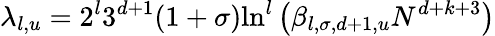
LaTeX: \lambda_{l,u}=2^{l}3^{d+1}(1+\sigma)\mathrm{ln}^{l}\left(\beta_{l,\sigma,d+1,u}N^{d+k+3}\right)